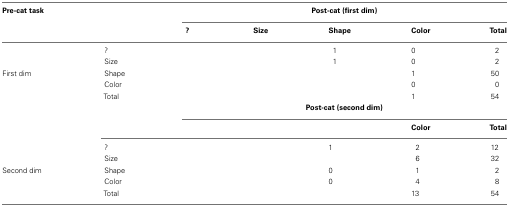
<table><thead><tr><td><b>Pre-cat task</b></td><td>[EMPTY_CELL]</td><td colspan="5"><b>Post-cat (first dim)</b></td></tr><tr><td>[EMPTY_CELL]</td><td>[EMPTY_CELL]</td><td><b>?</b></td><td><b>Size</b></td><td><b>Shape</b></td><td><b>Color</b></td><td><b>Total</b></td></tr></thead><tbody><tr><td>[EMPTY_CELL]</td><td>?</td><td>[EMPTY_CELL]</td><td>[EMPTY_CELL]</td><td>1</td><td>0</td><td>2</td></tr><tr><td>[EMPTY_CELL]</td><td>Size</td><td>[EMPTY_CELL]</td><td>[EMPTY_CELL]</td><td>1</td><td>0</td><td>2</td></tr><tr><td>First dim</td><td>Shape</td><td>[EMPTY_CELL]</td><td>[EMPTY_CELL]</td><td>[EMPTY_CELL]</td><td>1</td><td>50</td></tr><tr><td>[EMPTY_CELL]</td><td>Color</td><td>[EMPTY_CELL]</td><td>[EMPTY_CELL]</td><td>[EMPTY_CELL]</td><td>0</td><td>0</td></tr><tr><td>[EMPTY_CELL]</td><td>Total</td><td>[EMPTY_CELL]</td><td>[EMPTY_CELL]</td><td>[EMPTY_CELL]</td><td>1</td><td>54</td></tr><tr><td colspan="2">[EMPTY_CELL]</td><td colspan="5"><b>Post-cat (second dim)</b></td></tr><tr><td>[EMPTY_CELL]</td><td>[EMPTY_CELL]</td><td>[EMPTY_CELL]</td><td>[EMPTY_CELL]</td><td>[EMPTY_CELL]</td><td><b>Color</b></td><td><b>Total</b></td></tr><tr><td>[EMPTY_CELL]</td><td>?</td><td>[EMPTY_CELL]</td><td>[EMPTY_CELL]</td><td>1</td><td>2</td><td>12</td></tr><tr><td>[EMPTY_CELL]</td><td>Size</td><td>[EMPTY_CELL]</td><td>[EMPTY_CELL]</td><td>[EMPTY_CELL]</td><td>6</td><td>32</td></tr><tr><td>Second dim</td><td>Shape</td><td>[EMPTY_CELL]</td><td>[EMPTY_CELL]</td><td>0</td><td>1</td><td>2</td></tr><tr><td>[EMPTY_CELL]</td><td>Color</td><td>[EMPTY_CELL]</td><td>[EMPTY_CELL]</td><td>0</td><td>4</td><td>8</td></tr><tr><td>[EMPTY_CELL]</td><td>Total</td><td>[EMPTY_CELL]</td><td>[EMPTY_CELL]</td><td>[EMPTY_CELL]</td><td>13</td><td>54</td></tr></tbody></table>